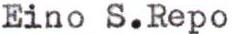
Eino S.Repo